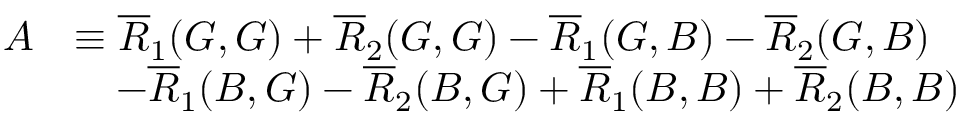
\begin{array} { r l } { A } & { \equiv \overline { { R } } _ { 1 } ( G , G ) + \overline { { R } } _ { 2 } ( G , G ) - \overline { { R } } _ { 1 } ( G , B ) - \overline { { R } } _ { 2 } ( G , B ) } \\ & { \quad - \overline { { R } } _ { 1 } ( B , G ) - \overline { { R } } _ { 2 } ( B , G ) + \overline { { R } } _ { 1 } ( B , B ) + \overline { { R } } _ { 2 } ( B , B ) } \end{array}